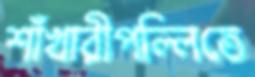
শাঁখারীপল্লিতে